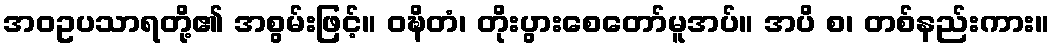
အဝဥပသာရတို့၏ အစွမ်းဖြင့်။ ဝဍ္ဎိတံ၊ တိုးပွားစေတော်မူအပ်။ အပိ စ၊ တစ်နည်းကား။